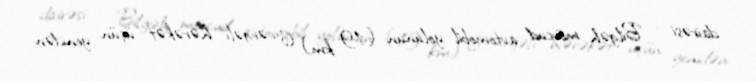
dairəsi - Bilgəh mövcud avtomobil yolunun (19 km) 6 cərgəli hərəkət üçün yenidən